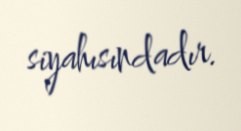
siyahısındadır.